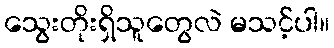
သွေးတိုးရှိသူတွေလဲ မသင့်ပါ။